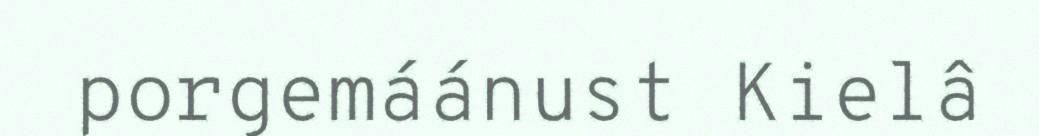
porgemáánust Kielâ